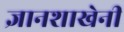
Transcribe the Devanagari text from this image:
ज्ञानशाखेनी